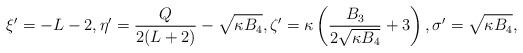
LaTeX: \begin{align*} \xi' = -L-2, \eta' = \frac{Q}{2(L+2)} - \sqrt{\kappa B_4}, \zeta' = \kappa \left( \frac{B_3}{2\sqrt{\kappa B_4}} + 3\right), \sigma' = \sqrt{\kappa B_4},\end{align*}